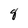
Character: g